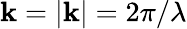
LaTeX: \mathbf{k}=|{\mathbf{{\mathbf{k}}}}|=2\pi/\lambda